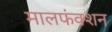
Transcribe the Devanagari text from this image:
मालफंक्शन